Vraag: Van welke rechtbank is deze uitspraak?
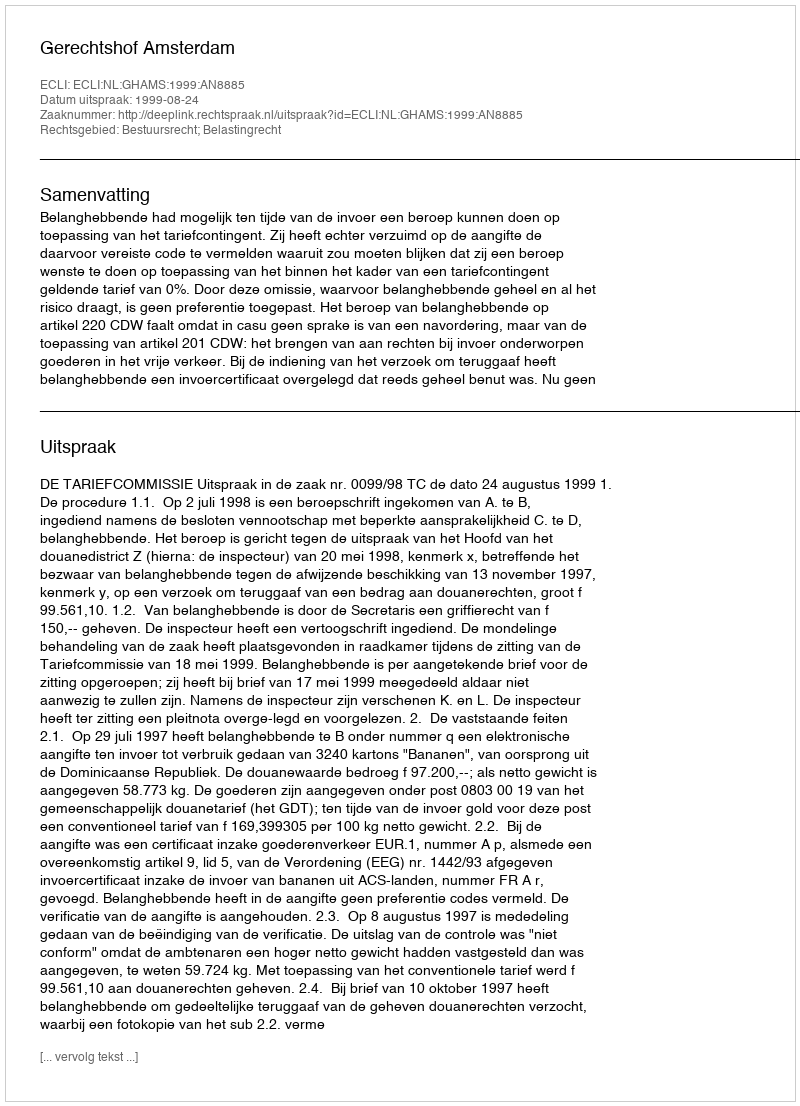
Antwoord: Gerechtshof Amsterdam